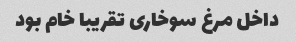
داخل مرغ سوخاری تقریبا خام بود